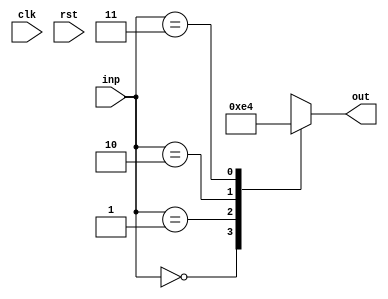
// This program was cloned from: https://github.com/steveicarus/ivtest
// License: GNU General Public License v2.0

module bar(clk, rst, inp, out);
  input  wire clk;
  input  wire rst;
  input  wire [1:0] inp;
  output reg  [1:0] out;

  always @(inp)
    (* full_case, parallel_case *)
    case(inp)
      2'd0: out <= 2'd3;
      2'd1: out <= 2'd2;
      2'd2: out <= 2'd1;
      2'd3: out <= 2'd0;
    endcase

endmodule

module foo(clk, rst, inp, out);
  input  wire clk;
  input  wire rst;
  input  wire [1:0] inp;
  output wire [1:0] out;

  bar bar_instance (clk, rst, inp, out);

  initial begin
    $display("PASSED");
  end

endmodule